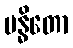
ဗန္ဓိတော